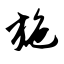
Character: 施